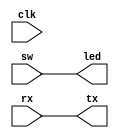
/* Generated by Yosys 0.9+3710 (git sha1 2116c585, x86_64-conda_cos6-linux-gnu-gcc 1.23.0.449-a04d0 -fvisibility-inlines-hidden -fmessage-length=0 -march=nocona -mtune=haswell -ftree-vectorize -fPIC -fstack-protector-strong -fno-plt -O2 -ffunction-sections -fdebug-prefix-map=/tmp/really-long-path/conda/conda-bld/yosys_1606966417886/work=/usr/local/src/conda/yosys-0.9_5007_g2116c585 -fdebug-prefix-map=/mnt/icgridio2/unsafe/butta/symbiflow-arch-defs/env/conda/envs/symbiflow_arch_def_base=/usr/local/src/conda-prefix -fPIC -Os -fno-merge-constants) */

(* src = "/scratch/unsafe/butta/symbiflow-arch-defs/build/xc/xc7/tests/carry/carry.v:1.1-14.10" *)
(* top =  1  *)
module top(clk, led, rx, sw, tx);
  (* src = "/scratch/unsafe/butta/symbiflow-arch-defs/build/xc/xc7/tests/carry/carry.v:2.17-2.20" *)
  input clk;
  (* src = "/scratch/unsafe/butta/symbiflow-arch-defs/build/xc/xc7/tests/carry/carry.v:8.21-8.24" *)
  output [15:0] led;
  (* src = "/scratch/unsafe/butta/symbiflow-arch-defs/build/xc/xc7/tests/carry/carry.v:4.17-4.19" *)
  input rx;
  (* src = "/scratch/unsafe/butta/symbiflow-arch-defs/build/xc/xc7/tests/carry/carry.v:7.21-7.23" *)
  input [15:0] sw;
  (* src = "/scratch/unsafe/butta/symbiflow-arch-defs/build/xc/xc7/tests/carry/carry.v:5.17-5.19" *)
  output tx;
  assign tx = rx;
  assign led = sw;
endmodule